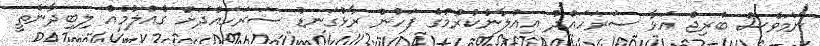
ނަމަވެސް ބްރިޖް އަޅާ ސަރަހައްދު އިއުލާނުކުރުމުގެ ފަހުން ރާޅުގަނޑު ސަރަހައްދަށް ގެއްލުމެއް ލިބިދާނެތީ